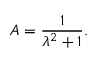
A = { \frac { 1 } { \lambda ^ { 2 } + 1 } } .